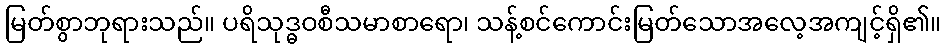
မြတ်စွာဘုရားသည်။ ပရိသုဒ္ဓဝစီသမာစာရော၊ သန့်စင်ကောင်းမြတ်သောအလေ့အကျင့်ရှိ၏။